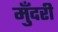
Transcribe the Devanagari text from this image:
मुँदरी